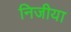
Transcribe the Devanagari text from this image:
निजीया